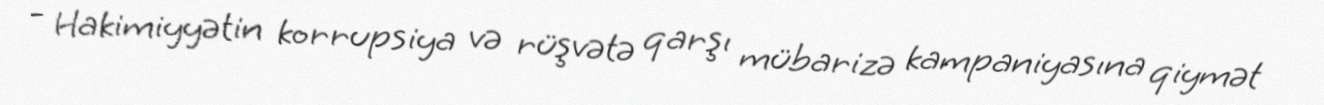
- Hakimiyyətin korrupsiya və rüşvətə qarşı mübarizə kampaniyasına qiymət